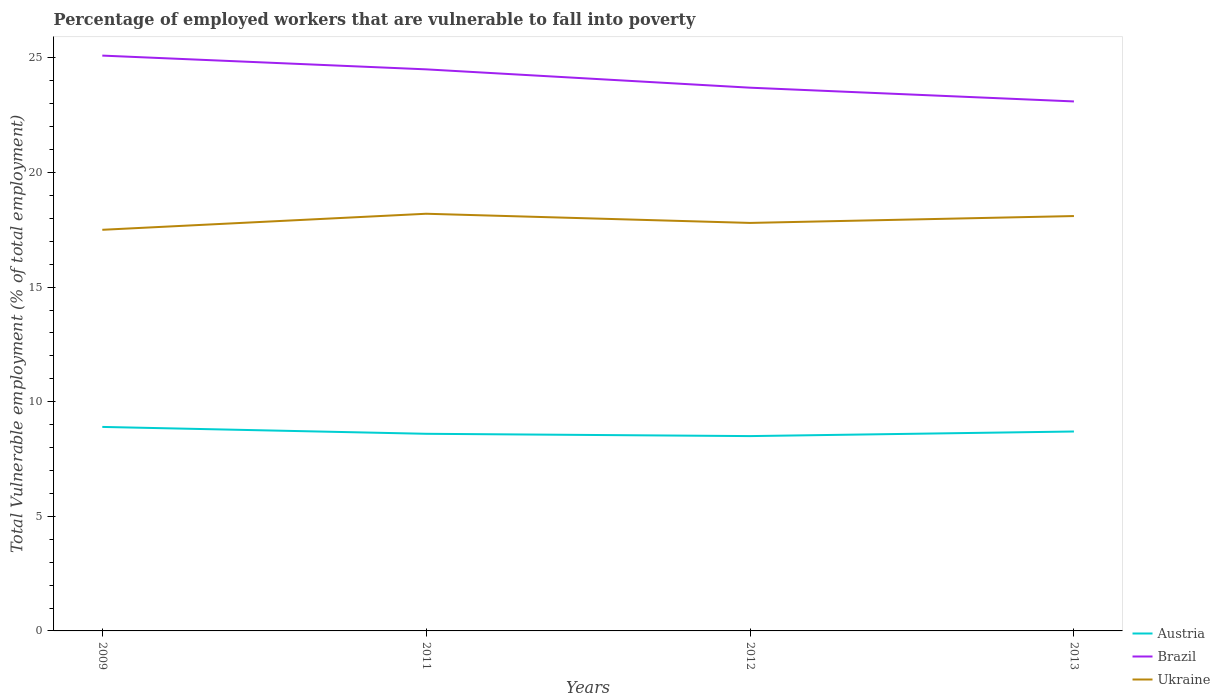
| Years | Austria | Brazil | Ukraine |
 | --- | --- | --- | --- |
 | 2009 | 8.9 | 25.1 | 17.5 |
 | 2011 | 8.6 | 24.5 | 18.2 |
 | 2012 | 8.5 | 23.7 | 17.8 |
 | 2013 | 8.7 | 23.1 | 18.1 |